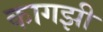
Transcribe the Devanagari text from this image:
कागझी